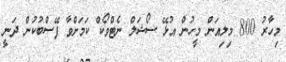
މިހާރު 800 މިލިއަން މީހުން އުޅޭ ސޯޝަލް ނެޓްވޯކް ކަމަށްވާ ފޭސްބުކުން ދަނީ